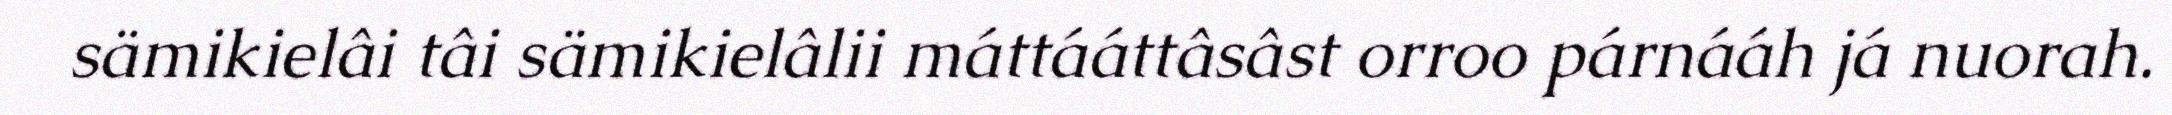
sämikielâi tâi sämikielâlii máttááttâsâst orroo párnááh já nuorah.